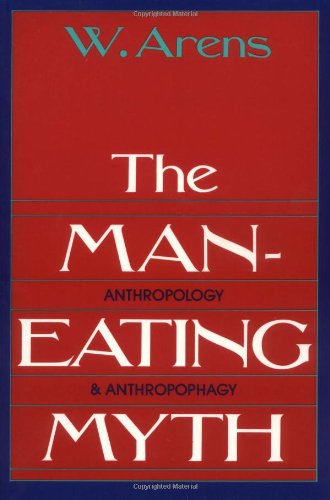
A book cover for The Man-Eating Myth: Anthropology and Anthropophagy (Oxford University Press Paperback Galaxy Book); William Arens; Science & Math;